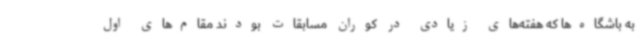
به باشگاه‌ها که هفته‌های زیادی در کوران مسابقات بودند مقام‌های اول